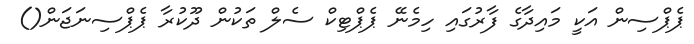
ޕެޕްސިން އަކީ މައިދާގެ ފާރުގައި ހިމެނޭ ޕެޕްޓިކް ސެލް ތަކުން ދޫކުރާ ޕެޕްސިނަޖަން()